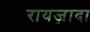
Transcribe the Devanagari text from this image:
रायज़ादा